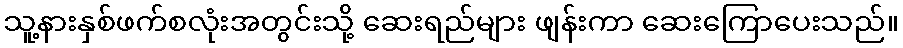
သူ့နားနှစ်ဖက်စလုံးအတွင်းသို့ ဆေးရည်များ ဖျန်းကာ ဆေးကြောပေးသည်။